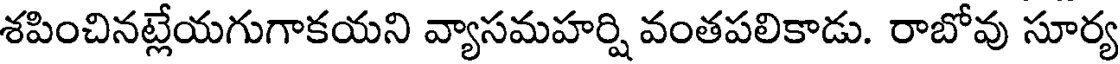
శపించినట్లేయగుగాకయని వ్యాసమహర్షి వంతపలికాడు. రాబోవు సూర్య